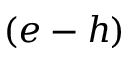
( e - h )